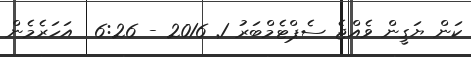
ކަން ޔަގީން ވެއްޖެ ސެޕްޓެމްބަރު 1